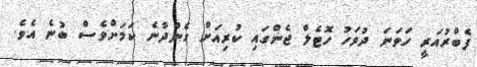
ފެބްރުއަރީ ހަވަނަ ދުވަހު ހޮޓެލް ޖެންގައި ކުރިއަށް ގެންދާނެ ކަމަށްވެސް ބުނެ އެވެ.